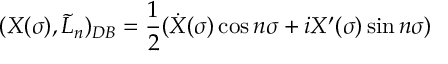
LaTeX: ( X ( \sigma ) , \tilde { L } _ { n } ) _ { D B } = \frac { 1 } { 2 } ( \dot { X } ( \sigma ) \cos n \sigma + i X ^ { \prime } ( \sigma ) \sin n \sigma )